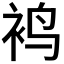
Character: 𬡍